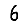
Digit: 6